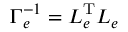
\Gamma _ { e } ^ { - 1 } = L _ { e } ^ { \mathrm { T } } L _ { e }